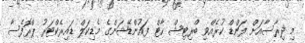
މި ދިރާސާއަށް ފަންޑް ކުރެއްވި ބްރިޓިޝް ހާޓް ފައުންޑޭޝަންގެ މެޑިކަލް ޑައިރެކްޓަރު ޕްރޮފެސާ